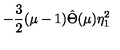
- \frac { 3 } { 2 } ( \mu - 1 ) \hat { \Theta } ( \mu ) \eta _ { 1 } ^ { 2 }